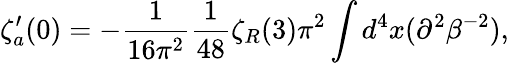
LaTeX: \zeta_{a}^{\prime}(0)=-{\frac{1}{16\pi^{2}}}{\frac{1}{48}}\zeta_{R}(3)\pi^{2}\int d^{4}x(\partial^{2}\beta^{-2}),